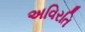
અવિરતિ